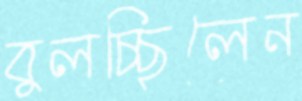
বুলচ্ছিলেন